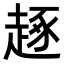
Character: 𧼙